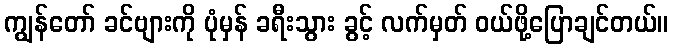
ကျွန်တော် ခင်ဗျားကို ပုံမှန် ခရီးသွား ခွင့် လက်မှတ် ဝယ်ဖို့ပြောချင်တယ်။